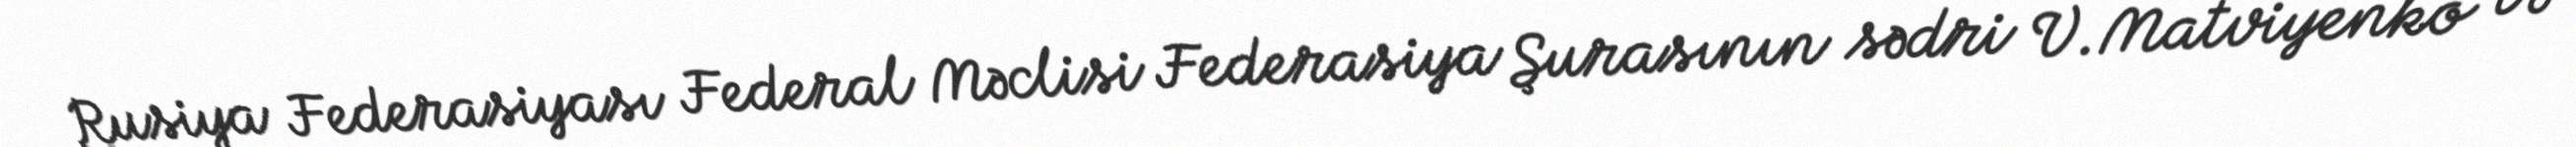
Rusiya Federasiyası Federal Məclisi Federasiya Şurasının sədri V.Matviyenko və